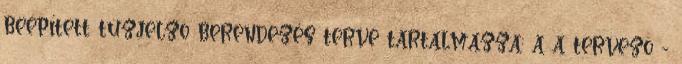
beépített tûzjelzõ berendezés terve tartalmazza: a a tervezõ -